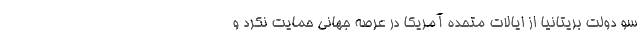
سو دولت بریتانیا از ایالات متحده آمریکا در عرصه جهانی حمایت نکرد و